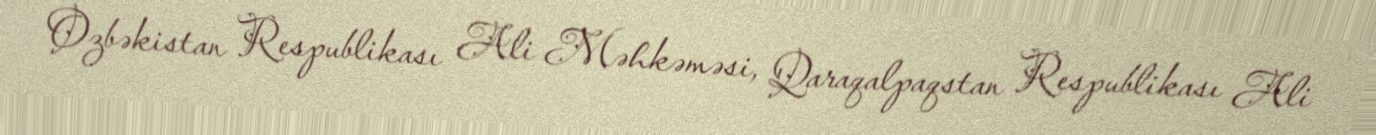
Özbəkistan Respublikası Ali Məhkəməsi, Qaraqalpaqstan Respublikası Ali